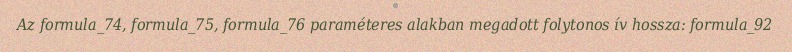
Az formula_74, formula_75, formula_76 paraméteres alakban megadott folytonos ív hossza: formula_92